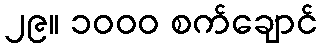
၂၉။ ၁၀၀၀ စက်ချောင်